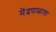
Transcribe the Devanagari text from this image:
मेंढपाळाला